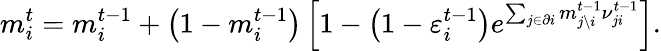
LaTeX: m_{i}^{t}=m_{i}^{t-1}+\left(1-m_{i}^{t-1}\right)\left[1-\left(1-\varepsilon_{i}^{t-1}\right)e^{\sum_{j\in\partial i}m_{j\setminus i}^{t-1}{\nu}_{ji}^{t-1}}\right].